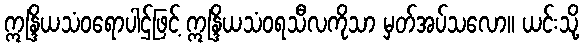
ဣန္ဒြိယသံဝရောပါဌ်ဖြင့် ဣန္ဒြိယသံဝရသီလကိုသာ မှတ်အပ်သလော။ ယင်းသို့